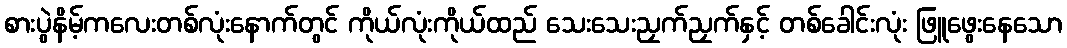
စားပွဲနိမ့်ကလေးတစ်လုံးနောက်တွင် ကိုယ်လုံးကိုယ်ထည် သေးသေးညှက်ညှက်နှင့် တစ်ခေါင်းလုံး ဖြူဖွေးနေသော